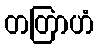
တတြာဟံ